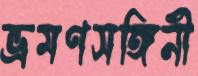
ভ্রমণসঙ্গিনী